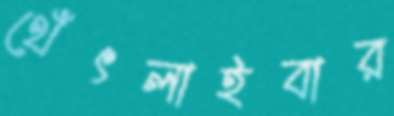
থেঁৎলাইবার